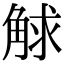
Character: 觩